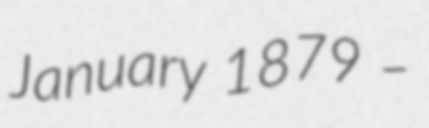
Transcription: January 1879 –